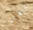
تنجز